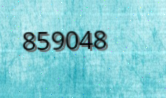
859048